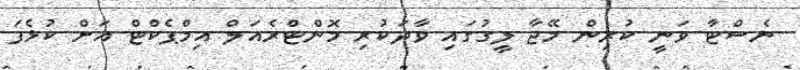
ނެސްޓާ ވަނީ ކުރިން މޭޖާ ލީގުގައި ވާދަކުރި މޮންޓްރެއަލް އިމްޕެކްޓް އަށް ކުޅެފަ